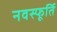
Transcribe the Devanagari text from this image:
नवस्फूर्ति